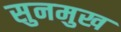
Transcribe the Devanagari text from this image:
सुनमुख